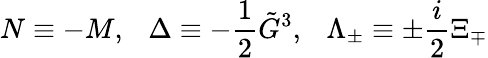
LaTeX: N\equiv-M,\ \ \ \Delta\equiv-\frac 12\tilde{G}^{3},\ \ \ \Lambda_{\pm}\equiv\pm\frac i2\Xi_{\mp}